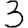
Digit: 3